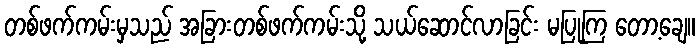
တစ်ဖက်ကမ်းမှသည် အခြားတစ်ဖက်ကမ်းသို့ သယ်ဆောင်လာခြင်း မပြုကြ တော့ချေ။